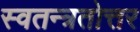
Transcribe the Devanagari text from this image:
स्वतन्त्रतोत्तर